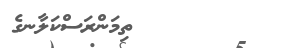
٤٢         ތިމަންރަސްކަލާނގެ